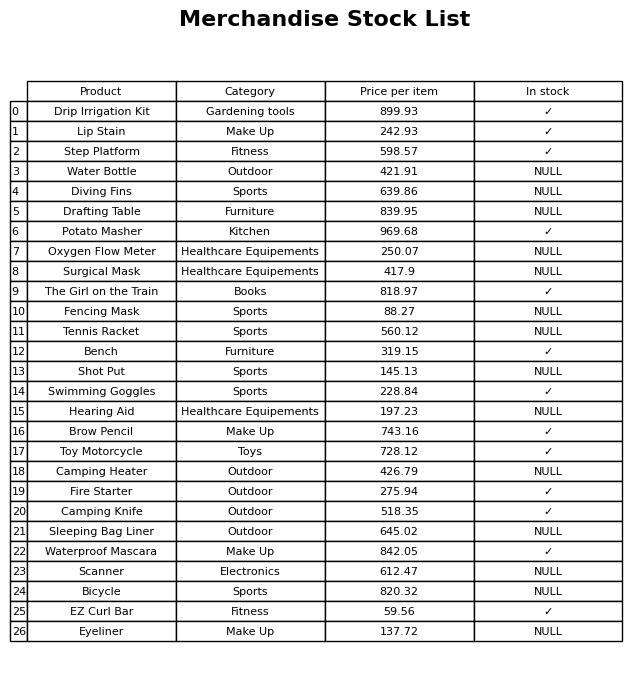
question: What is the price of the Drip Irrigation Kit?
answer: The price of Drip Irrigation Kit is 899.93.